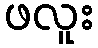
ဖလူး